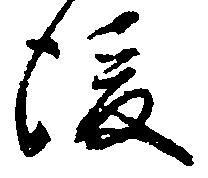
後